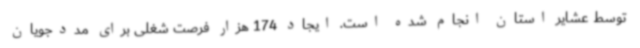
توسط عشایر استان انجام شده است. ایجاد 174 هزار فرصت شغلی برای مددجویان